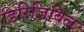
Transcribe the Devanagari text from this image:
डिरिजिबिल